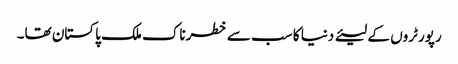
رپورٹروں کے لیئے دنیا کا سب سے خطرناک ملک پاکستان تھا۔